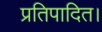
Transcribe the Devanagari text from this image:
प्रतिपादित।